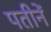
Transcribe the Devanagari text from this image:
पतीनें